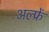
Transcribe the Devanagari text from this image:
अल्फ्रें